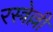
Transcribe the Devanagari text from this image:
रस्त्रेल्ली